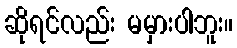
ဆိုရင်လည်း မမှားပါဘူး။